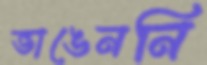
ভাঙেননি